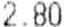
2.80